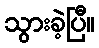
သွားခဲ့ပြီ။